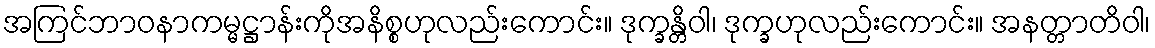
အကြင်ဘာဝနာကမ္မဋ္ဌာန်းကိုအနိစ္စဟုလည်းကောင်း။ ဒုက္ခန္တိဝါ၊ ဒုက္ခဟုလည်းကောင်း။ အနတ္တာတိဝါ၊